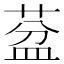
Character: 葐